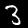
Digit: 3